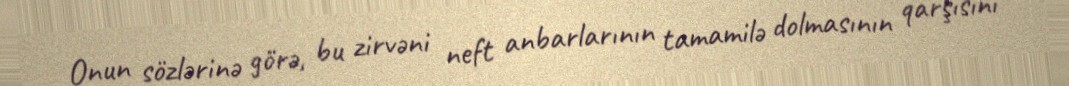
Onun sözlərinə görə, bu zirvəni neft anbarlarının tamamilə dolmasının qarşısını